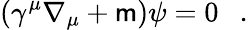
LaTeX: (\gamma^{\mu}\nabla_{\mu}+\mathsf{m})\psi=0~~~.